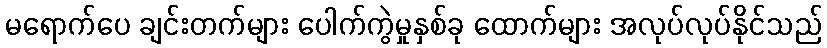
မရောက်ပေ ချင်းတက်များ ပေါက်ကွဲမှုနှစ်ခု ထောက်များ အလုပ်လုပ်နိုင်သည်